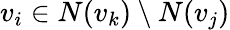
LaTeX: v_{i}\in N(v_{k})\setminus N(v_{j})